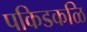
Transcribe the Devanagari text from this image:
पकिडकळि